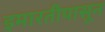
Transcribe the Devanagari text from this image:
इमारतीपासून